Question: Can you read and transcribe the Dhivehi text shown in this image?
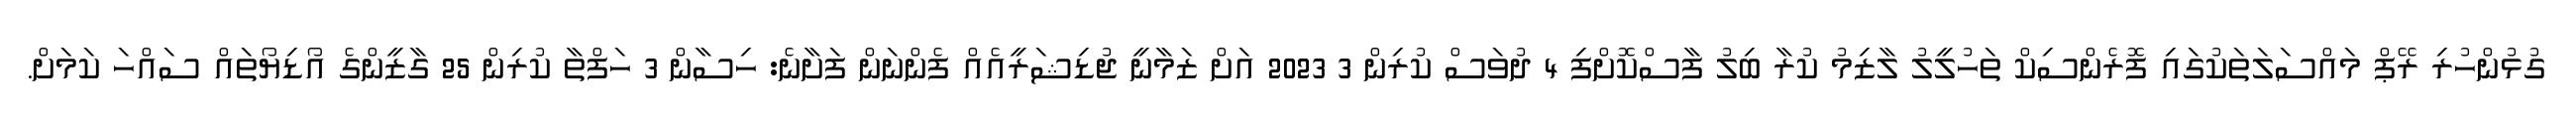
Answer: ގުޅުންހުރި ރޭޕް މައްސަލަތަކުގައި ފޮރެންސިކް ތަހުލީލު ލާޒިމު ކުރާ ބިލު ފާސްކޮށްފި 4 ދުވަސް ކުރިން 3 2023 އަށް ޒަމާނީ ޖުޑިޝަރީއެއް ފެންނަން ފަށާނެ: ހިސާން 3 ހަފްތާ ކުރިން 25 ގާޒީންގެ އޯޑިޔޯތައް ސައްހަ ކަމަށް.